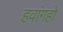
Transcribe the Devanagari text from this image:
हवांगहो